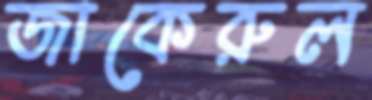
জাকেরুল